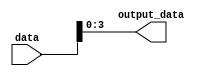
module part_select_assign (
  input [7:0] data,
  output reg [3:0] output_data
);

assign output_data = data[3:0];

endmodule